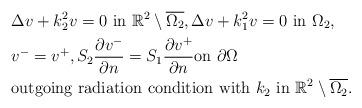
LaTeX: \begin{align*} & \Delta v+k_2^2v=0 \ \mbox{in} \ \mathbb{R}^2\setminus \overline{\Omega_2}, \Delta v+k_1^2v=0 \ \mbox{in} \ {\Omega_2} , \\ &v^{-}=v^{+}, S_2\frac{\partial v^-}{\partial n}=S_1\frac{\partial v^+}{\partial n} \mbox{on } \partial \Omega \\ &\mbox{outgoing radiation condition with } k_2 \mbox{ in } \mathbb{R}^2\setminus\overline{\Omega_2}. \end{align*}